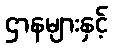
ဌာနများနှင့်